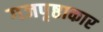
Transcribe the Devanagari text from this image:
गजपृष्ठाकार